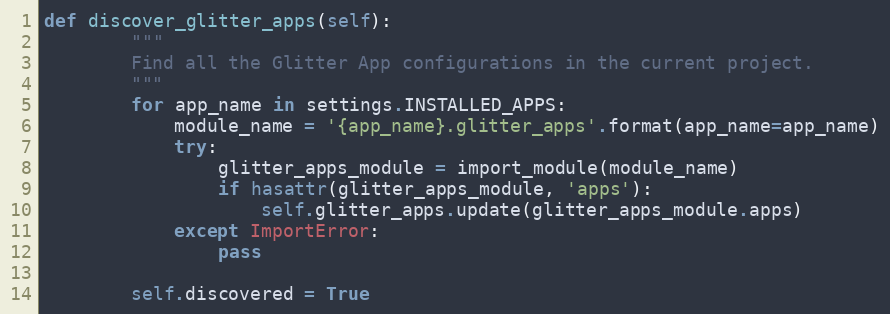
Language: Python
def discover_glitter_apps(self):
        """
        Find all the Glitter App configurations in the current project.
        """
        for app_name in settings.INSTALLED_APPS:
            module_name = '{app_name}.glitter_apps'.format(app_name=app_name)
            try:
                glitter_apps_module = import_module(module_name)
                if hasattr(glitter_apps_module, 'apps'):
                    self.glitter_apps.update(glitter_apps_module.apps)
            except ImportError:
                pass

        self.discovered = True